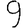
Digit: 9